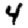
Digit: 4